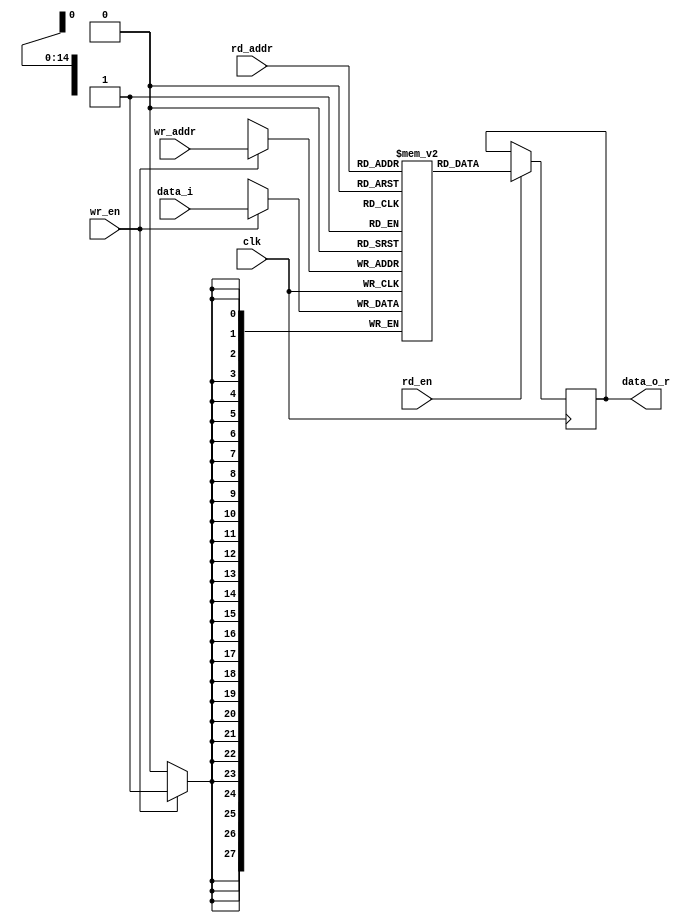
`timescale 1ns / 1ps
//////////////////////////////////////////////////////////////////////////////////
// 
// Design Name: 
// Module Name: simple_dual_port_ram
// Project Name: 
// Target Devices: 
// Tool Versions: 
// Description: 
// 
// Dependencies: 
// 
// Revision:
// Revision 0.01 - File Created
// Additional Comments:
// 
//////////////////////////////////////////////////////////////////////////////////


module simple_dual_port_ram
#(
  parameter ADDR_WIDTH = 15,
  parameter DATA_WIDTH = 28 //7bit*4
) (
  input  wire clk,
  input  wire rd_en, wr_en,
  input  wire [ADDR_WIDTH-1:0] wr_addr,
  input  wire [DATA_WIDTH-1:0] data_i,
  input  wire [ADDR_WIDTH-1:0] rd_addr,
  output reg  [DATA_WIDTH-1:0] data_o_r
);
  
  // signal declaration
  reg [DATA_WIDTH-1:0] ram [2**ADDR_WIDTH-1:0];
  
  // body
  always @(posedge clk) 
  begin
    if(wr_en) //write operation
      ram[wr_addr] <= data_i;
    if(rd_en)
      data_o_r <= ram[rd_addr];
  end
endmodule